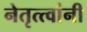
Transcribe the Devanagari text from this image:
नेतृत्त्वांनी